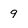
Character: 9